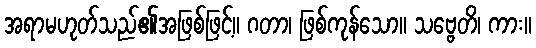
အရာမဟုတ်သည်၏အဖြစ်ဖြင့်။ ဂတာ၊ ဖြစ်ကုန်သော။ သဗ္ဗေတိ၊ ကား။